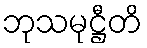
ဘုသမုဋ္ဌီတိ